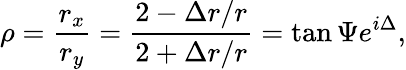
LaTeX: \rho=\frac{r_{x}}{r_{y}}=\frac{2-\Delta r/r}{2+\Delta r/r}=\tan\Psi e^{i\Delta},